Report of the Indian Hemp Drugs Commission, 1894-1895 - Volume V
Year: 1894
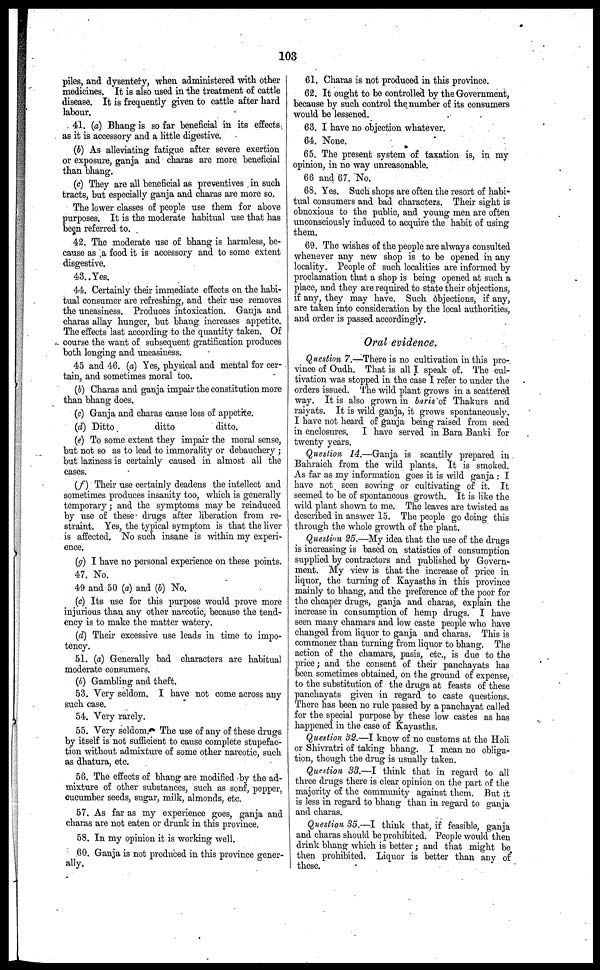
103
piles, and dysentery, when administered with other
medicines. It is also used in the treatment of cattle
disease. It is frequently given to cattle after hard
labour.
41. (a) Bhang is so far beneficial in its effects
as it is accessory and a little digestive.
(b) As alleviating fatigue after severe exertion
or exposure, ganja and charas are more beneficial
than bhang.
(c) They are all beneficial as preventives in such
tracts, but especially ganja and charas are more so.
The lower classes of people use them for above
purposes. It is the moderate habitual use that has
been referred to.
42. The moderate use of bhang is harmless, be-
cause as a food it is accessory and to some extent
disgestive.
48. Yes.
44. Certainly their immediate effects on the habi-
tual consumer are refreshing, and their use removes
the uneasiness. Produces intoxication. Ganja and
charas allay hunger, but bhang increases appetite.
The effects last according to the quantity taken. Of
course the want of subsequent gratification produces
both longing and uneasiness.
45 and 46. (a) Yes, physical and mental for cer-
tain, and sometimes moral too.
(b) Charas and ganja impair the constitution more
than bhang does.
(c) Ganja and charas cause loss of appetite.
(d) Ditto
ditto
ditto.
(e) To some extent they impair the moral sense,
but not so as to lead to immorality or debauchery ;
but laziness is certainly caused in almost all the
cases.
(f) Their use certainly deadens the intellect and
sometimes produces insanity too, which is generally
temporary; and the symptoms may be reinduced
by use of these drugs after liberation from re-
straint. Yes, the typical symptom is that the liver
is affected. No such insane is within my experi-
ence.
(g) I have no personal experience on these points.
47. No.
49 and 50 (a) and (b) No.
(c) Its use for this purpose would prove more
injurious than any other narcotic, because the tend-
ency is to make the matter watery.
(d) Their excessive use leads in time to impo-
tency.
51. (a) Generally bad characters are habitual
moderate consumers.
(b) Gambling and theft.
53. Very seldom. I have not come across any
such case.
54. Very rarely.
55. Very seldom. The use of any of these drugs
by itself is not sufficient to cause complete stupefac-
tion without admixture of some other narcotic, such
as dhatura, etc.
56. The effects of bhang are modified by the ad-
mixture of other substances, such as sonf, pepper,
cucumber seeds, sugar, milk, almonds, etc.
57. As far as my experience goes, ganja and
charas are not eaten or drunk in this province.
58. In my opinion it is working well.
60. Ganja is not produced in this province gener-
ally.
61. Charas is not produced in this province.
62. It ought to be controlled by the Government,
because by such control the number of its consumers
would be lessened.
63. I have no objection whatever.
64. None.
65. The present system of taxation is, in my
opinion, in no way unreasonable.
66 and 67. No.
68. Yes. Such shops are often the resort of habi-
tual consumers and bad characters. Their sight is
obnoxious to the public, and young men are often
unconsciously induced to acquire the habit of using
them.
69. The wishes of the people are always consulted
whenever any new shop is to be opened in any
locality. People of such localities are informed by
proclamation that a shop is being opened at such a
place, and they are required to state their objections,
if any, they may have. Such objections, if any,
are taken into consideration by the local authorities,
and order is passed accordingly.
Oral evidence.
Question 7.—There is no cultivation in this pro-
vince of Oudh. That is all I speak of. The cul-
tivation was stopped in the case I refer to under the
orders issued. The wild plant grows in a scattered
way. It is also grown in baris of Thakurs and
raiyats. It is wild ganja, it grows spontaneously.
I have not heard of ganja being raised from seed
in enclosures. I have served in Bara Banki for
twenty years.
Question 14.—Ganja is scantily prepared in
Bahraich from the wild plants. It is smoked.
As far as my information goes it is wild ganja : I
have not seen sowing or cultivating or it. It
seemed to be of spontaneous growth. It is like the
wild plant shown to me. The leaves are twisted as
described in answer 15. The people go doing this
through the whole growth of the plant.
Question 25.—My idea that the use of the drugs
is increasing is based on statistics of consumption
supplied by contractors and published by Govern-
ment. My view is that the increase of price in
liquor, the turning of Kayasths in this province
mainly to bhang, and the preference of the poor for
the cheaper drugs, ganja and charas, explain the
increase in consumption of hemp drugs. I have
seen many chamars and low caste people who have
changed from liquor to ganja and charas. This is
commoner than turning from liquor to bhang. The
action of the chamars, pasis, etc., is due to the
price; and the consent of their panchayats has
been sometimes obtained, on the ground of expense,
to the substitution of the drugs at feasts of these
panchayats given in regard to caste questions.
There has been no rule passed by a panchayat called
for the special purpose by these low castes as has
happened in the case of Kayasths.
Question 32.—I know of no customs at the Holi
or Shivratri of taking bhang. I mean no obliga-
tion, though the drug is usually taken.
Question 33.—I think that in regard to all
three drugs there is clear opinion on the part of the
majority of the community against them. But it
is less in regard to bhang than in regard to ganja
and charas.
Question 35.—I think that, if feasible, ganja
and charas should be prohibited. People would then
drink bhang which is better; and that might be
then prohibited. Liquor is better than any of
these.